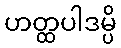
ဟတ္ထပါဒမ္ပိ